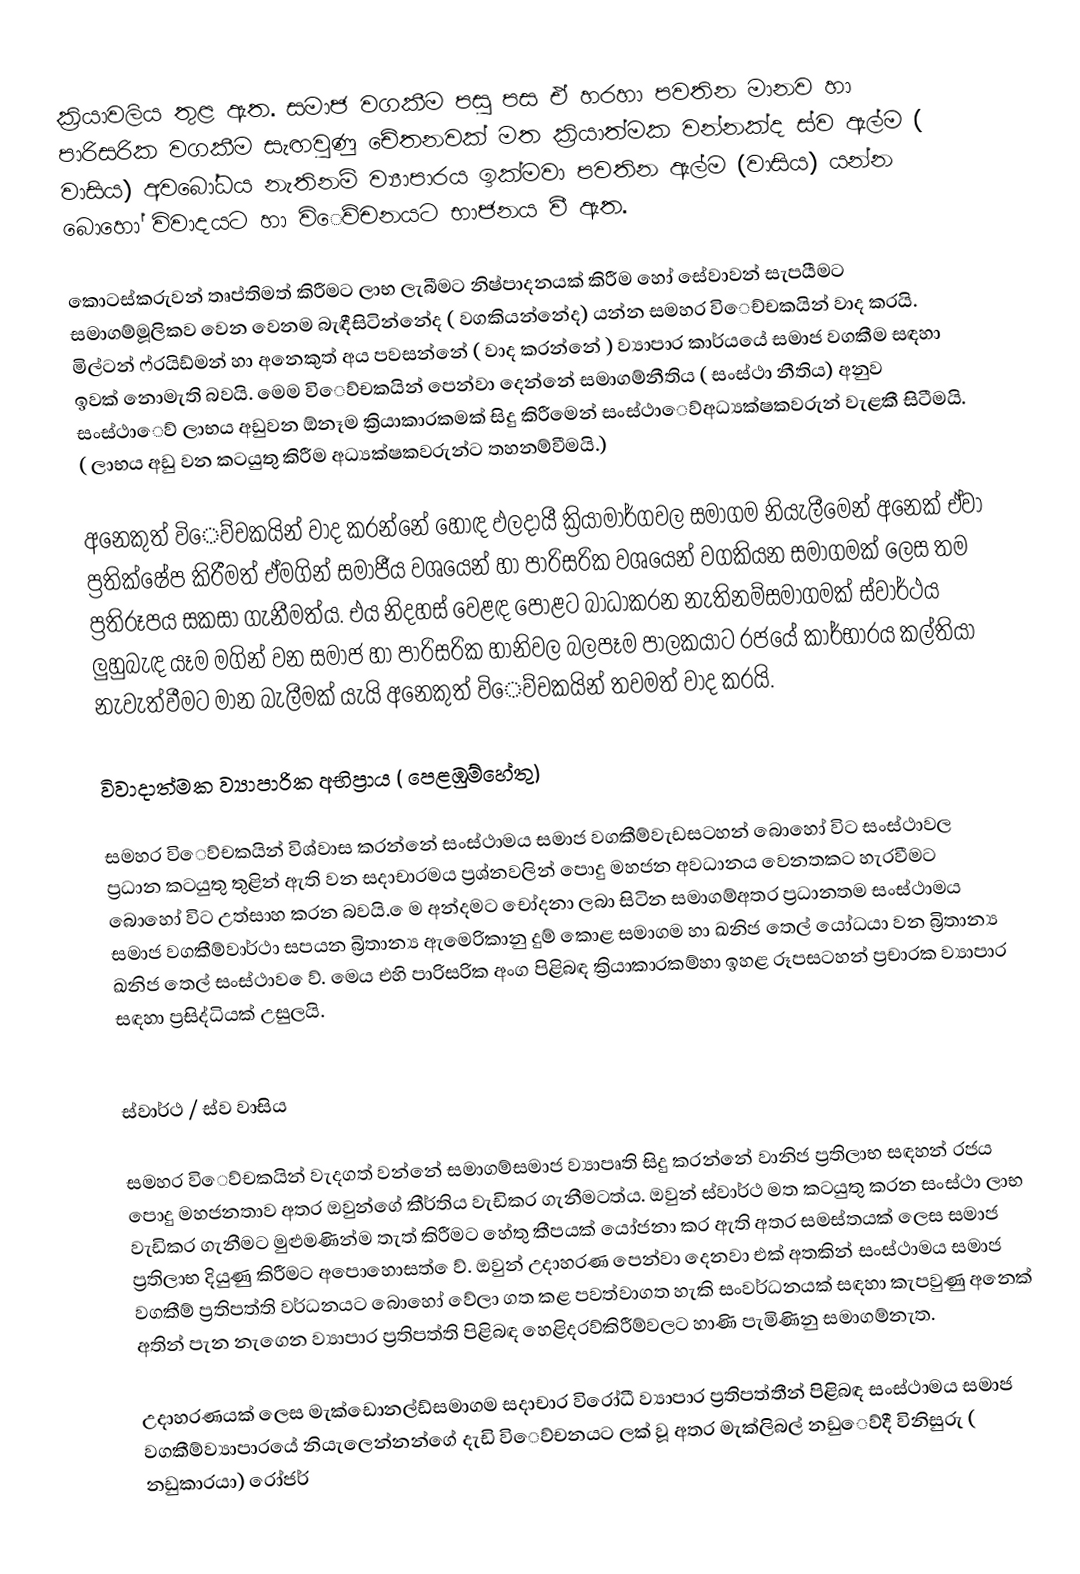
ක්‍රියාවලිය තුළ ඇත. සමාජ වගකීම පසු පස ඒ හරහා පවතින මානව හා පාරිසරික වගකීම සැඟවුණු ‍චේතනවක් මත ක්‍රියාත්මක  වන්නක්ද ස්ව ඇල්ම ( වාසිය) අවබෝධය නැතිනම් ව්‍යාපාරය ඉක්මවා පවතින ඇල්ම (වාසිය) යන්න බොහෝ විවාදයට හා වි‍ෙව්‍චනයට භාජනය වී ඇත.

කොටස්කරුවන් තෘප්තිමත් කිරීමට ලාභ ලැබීමට නිෂ්පාදනයක් කිරීම හෝ සේවාවන් සැපයීමට සමාගම්‍මූලිකව වෙන වෙනම බැඳීසිටින්නේද ( වගකියන්නේද) යන්න සමහර වි‍ෙච්‍චකයින් වාද කරයි. මිල්ටන් ෆ්රයිඩ්‍මන් හා අනෙකුත් අය පවසන්නේ ( වාද කරන්නේ ) ව්‍යාපාර කාර්යයේ සමාජ වගකීම සඳහා ඉවක් නොමැති බවයි. මෙම වි‍ෙව්‍චකයින් පෙන්වා දෙන්නේ සමාගම්‍නීතිය ( සංස්ථා නීතිය) අනුව සංස්ථා‍ෙව් ලාභය අඩුවන ඕනෑම ක්‍රියාකාරකමක් සිදු කිරීමෙන් සංස්ථා‍ෙව්‍අධ්‍යක්ෂකවරුන් වැළකී සිටීමයි. ( ලාභය අඩු වන කටයුතු කිරීම  අධ්‍යක්ෂකවරුන්ට තහනම්‍වීමයි.)

අනෙකුත් වි‍ෙව්‍චකයින්  වාද කරන්නේ හොඳ ඵලදායී ක්‍රියාමාර්ගවල සමාගම නියැලීමෙන් අනෙක් ඒවා ප්‍රතික්ෂේප කිරීමත් ඒමගින් සමාජීය වශයෙන් හා පාරිසරික වශයෙන් වගකියන සමාගමක් ලෙස තම ප්‍රතිරූපය සකසා ගැනීමත්ය. එය නිදහස්  වෙළඳ පොළට බාධාකරන නැතිනම්‍සමාගමක් ස්වාර්ථය ලුහුබැඳ යෑම මගින් වන සමාජ හා පාරිසරික හානිවල බලපෑම පාලකයාට රජයේ කාර්භාරය කල්තියා නැවැත්වීමට මාන බැලීමක් යැයි අනෙකුත් වි‍ෙව්‍චකයින් තවමත් වාද කරයි.

විවාදාත්මක ව්‍යාපාරික අභිප්‍රාය ( පෙළඹුම්‍හේතු)

සමහර වි‍ෙව්‍චකයින් විශ්වාස කරන්නේ සංස්ථාමය සමාජ වගකීම්‍වැඩසටහන් බොහෝ විට සංස්ථාවල ප්‍රධාන කටයුතු තුළින් ඇති වන සදාචාරමය ප්‍රශ්නවලින් පොදු මහජන අවධානය වෙනතකට හැරවීමට බොහෝ විට උත්සාහ කරන බවයි. ‍ෙම අන්දමට චෝදනා ලබා සිටින සමාගම්‍අතර ප්‍රධානතම සංස්ථාමය සමාජ වගකීම්‍වාර්ථා සපයන බ්‍රිතාන්‍ය ඇමෙරිකානු දුම් කොළ සමාගම හා ඛනිජ තෙල් යෝධයා වන බ්‍රිතාන්‍ය ඛනිජ තෙල් සංස්ථාව ‍ෙව්‍. මෙය එහි පාරිසරික අංග පිළිබඳ ක්‍රියාකාරකම්‍හා ඉහළ රූපසටහන් ප්‍රචාරක ව්‍යාපාර සඳහා ප්‍රසිද්ධියක් උසුලයි.

ස්වාර්ථ / ස්ව වාසිය

සමහර වි‍ෙව්‍චකයින් වැදගත් වන්නේ සමාගම්‍සමාජ ව්‍යාපෘති සිදු කරන්නේ වානිජ ප්‍රතිලාභ සඳහන් රජය පොදු මහජනතාව අතර ඔවුන්ගේ කීර්තිය වැඩිකර ගැනීමටත්ය. ඔවුන් ස්වාර්ථ මත කටයුතු කරන සංස්ථා ලාභ වැඩිකර ගැනීමට මුළුමණින්ම තැත් කිරීමට හේතු කීපයක් යෝජනා කර ඇති අතර සමස්තයක් ලෙස සමාජ ප්‍රතිලාභ දියුණු කිරීමට අපොහොසත් ‍ෙව්‍. ඔවුන් උදාහරණ පෙන්වා දෙනවා එක් අතකින් සංස්ථාමය සමාජ වගකීම්‍ ප්‍රතිපත්ති වර්ධනයට බොහෝ වේලා ගත කළ   පවත්වාගත හැකි සංවර්ධනයක් සඳහා කැපවුණු අනෙක් අතින් පැන නැගෙන ව්‍යාපාර ප්‍රතිපත්ති පිළිබඳ හෙළිදරව්‍කිරීම්‍වලට හාණි පැමිණිනු සමාගම්‍නැත.

උදාහරණයක් ලෙස මැක්ඩොනල්ඩ්‍සමාගම සදාචාර විරෝධී ව්‍යාපාර ප්‍රතිපත්තීන් පිළිබඳ සංස්ථාමය සමාජ වගකීම්‍ව්‍යාපාරයේ නියැලෙන්නන්ගේ දැඩි වි‍ෙව්‍චනයට ලක් වූ අතර මැක්ලිබල් නඩු‍ෙව්දී විනිසුරු ( නඩුකාරයා)  රෝජර්